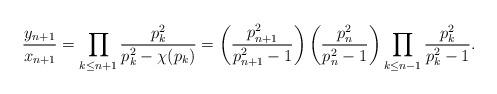
LaTeX: \begin{align*}\frac{y_{n+1}}{x_{n+1}}=\prod_{k \leq n+1} \frac{p_k^2}{p_k^2-\chi(p_k)}=\left (\frac{p_{n+1}^2}{p_{n+1}^2-1}\right)\left (\frac{p_n^2}{p_n^2-1}\right)\prod_{k \leq n-1} \frac{p_k^2}{p_k^2-1}.\end{align*}